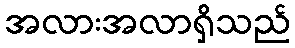
အလားအလာရှိသည်